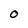
Character: 0